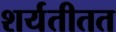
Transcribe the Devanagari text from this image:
शर्यतीतत